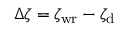
\Delta \zeta = \zeta _ { \mathrm { w r } } - \zeta _ { \mathrm { d } }